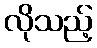
လိုသည့်